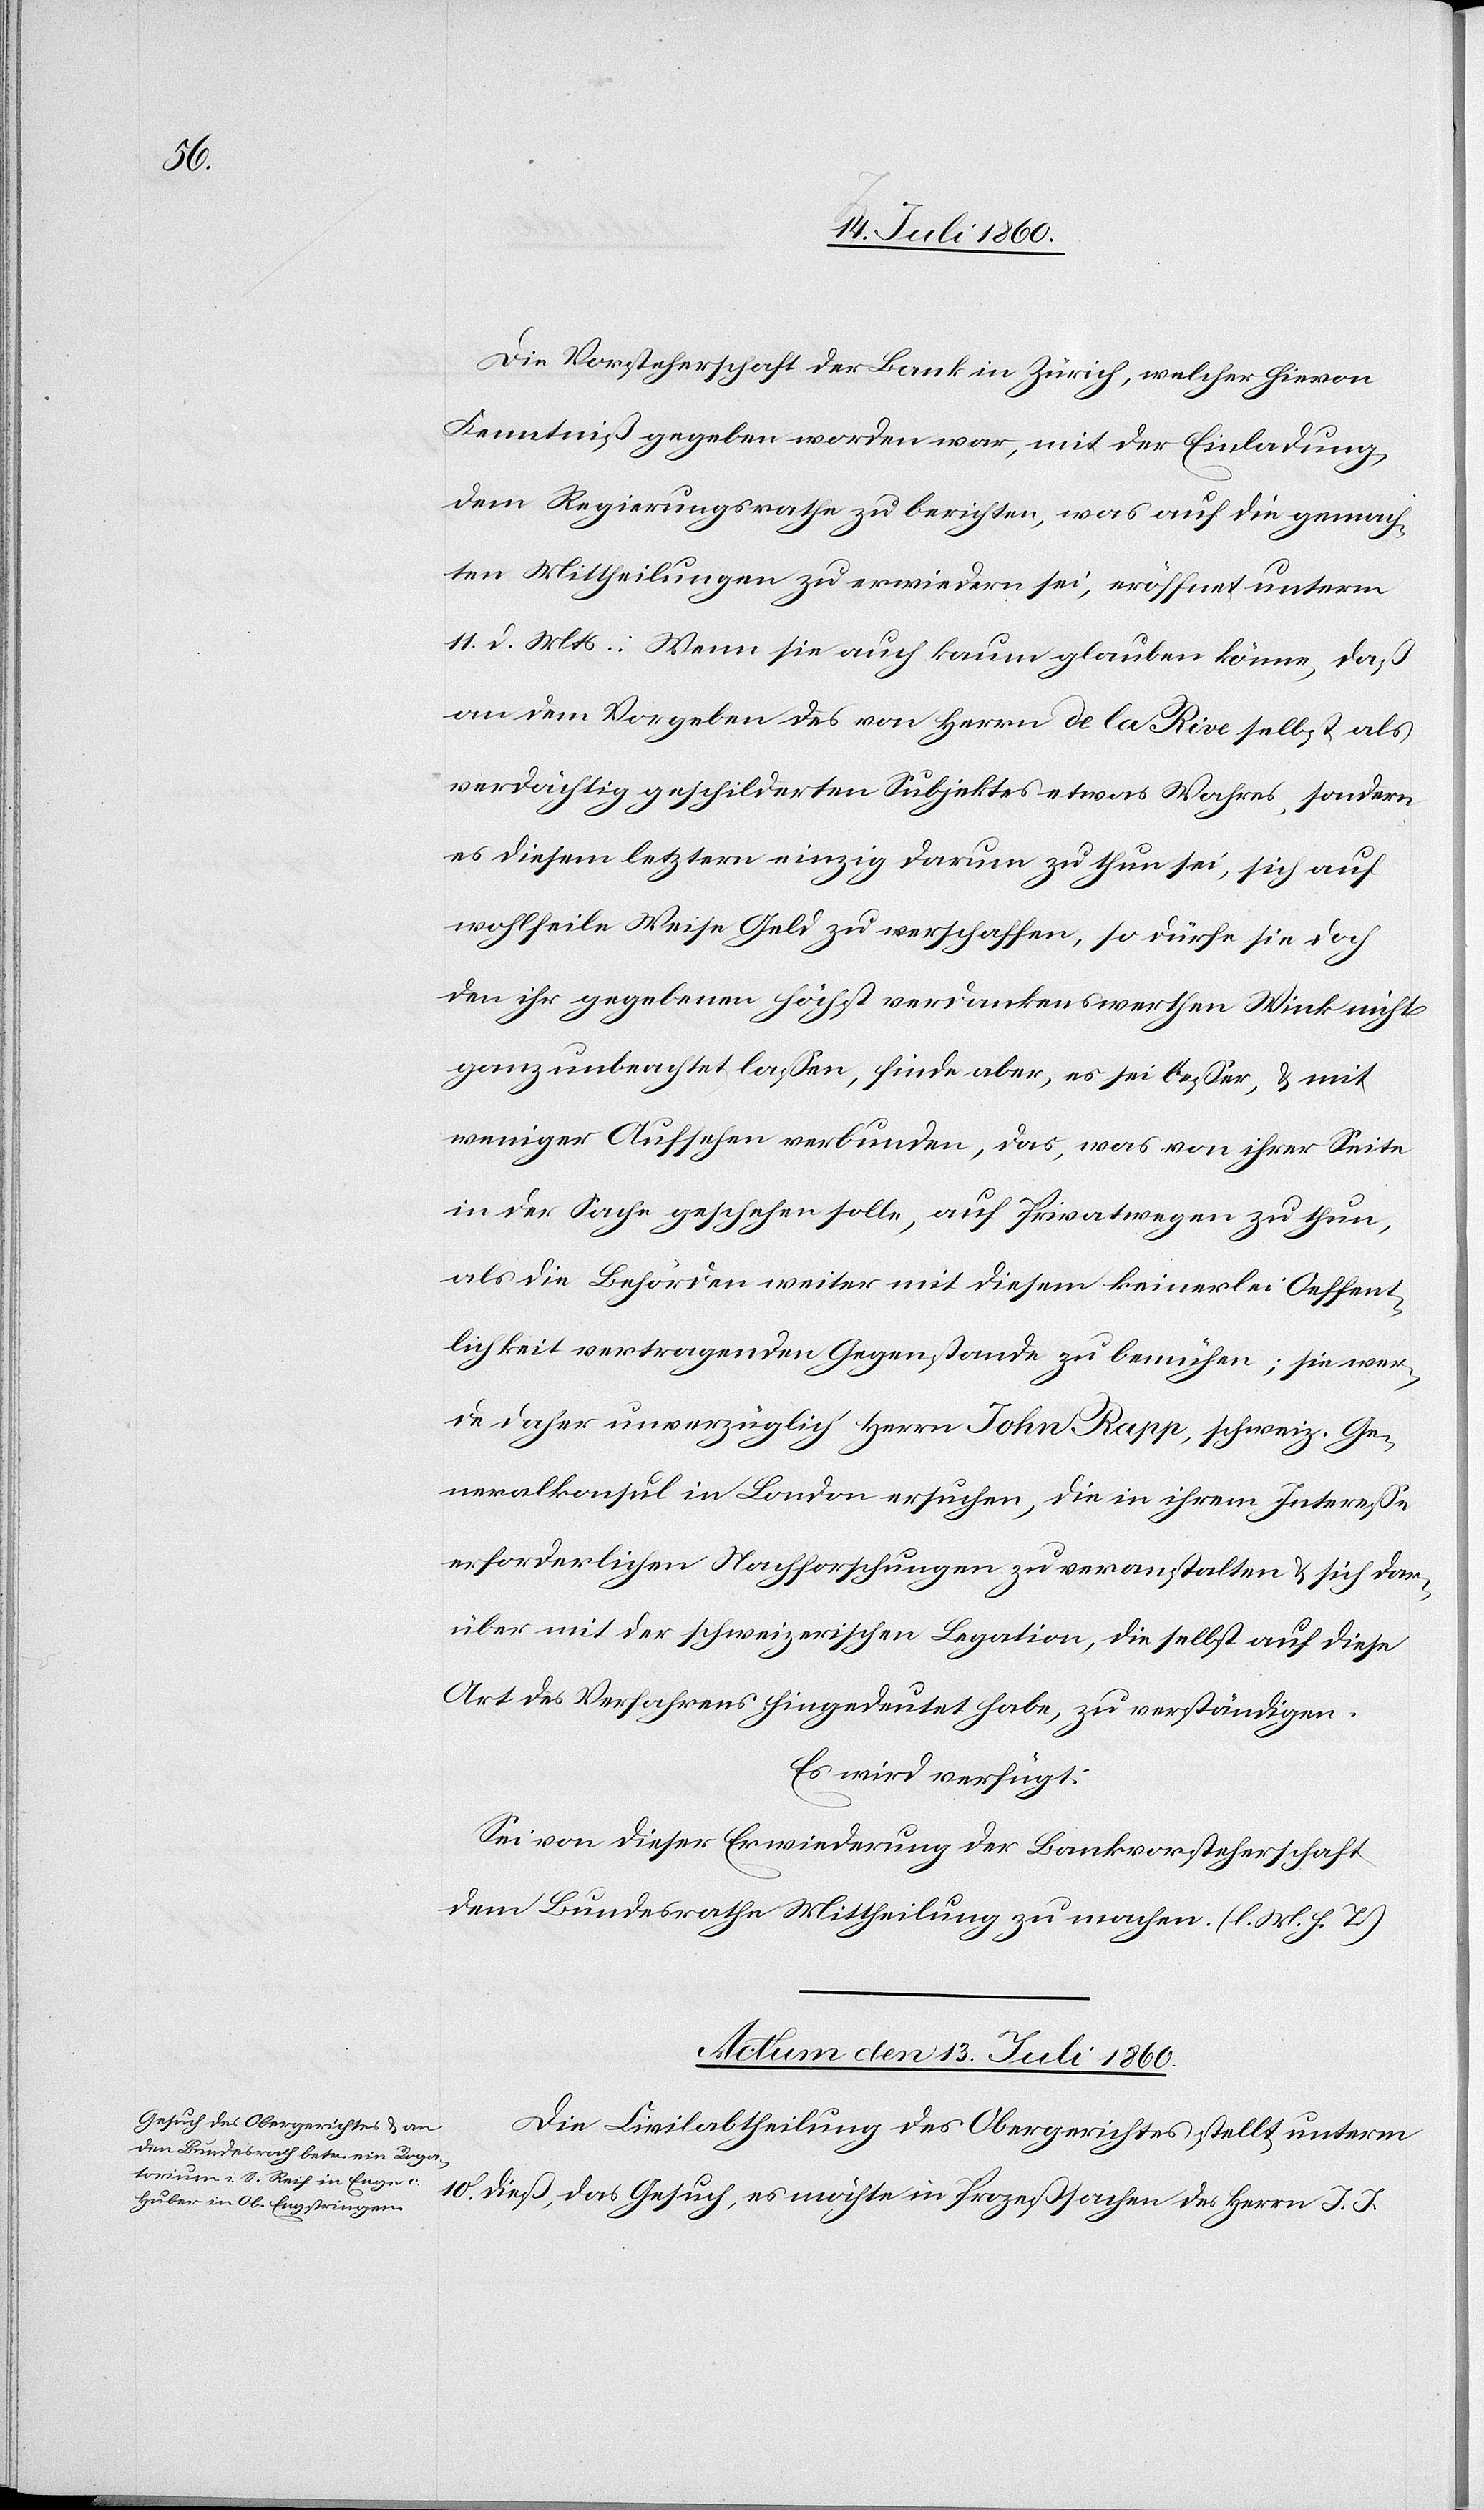
Die Vorsteherschaft der Bank in Zürich, welcher hievon
Kenntniß gegeben worden war, mit der Einladung,
dem Regierungsrathe zu berichten, was auf die gemach¬
ten Mittheilungen zu erwiedern sei, eröffnet unterm
11. d. Mts.: Wenn sie auch kaum glauben könne, daß
an dem Vorgeben des von Herrn de la Rive selbst als
verdächtig geschilderten Subjektes etwas Wahres, sondern
es diesem letztern einzig darum zu thun sei, sich auf
wohlfeile Weise Geld zu verschaffen, so dürfe sie doch
den ihr gegebenen höchst verdankenswerthen Wink nicht
ganz unbeachtet lassen, finde aber, es sei besser, & mit
weniger Aufsehen verbunden, das, was von ihrer Seite
in der Sache geschehen solle, auf Privatwegen zu thun,
als die Behörden weiter mit diesem keinerlei Oeffent¬
lichkeit vertragenden Gegenstande zu bemühen; sie wer¬
de daher unverzüglich Herrn John Rapp, schweiz. Ge¬
neralkonsul in London ersuchen, die in ihrem Interesse
erforderlichen Nachforschungen zu veranstalten & sich dar¬
über mit der schweizerischen Legation, die selbst auf diese
Art des Verfahrens hingedeutet habe, zu verständigen.
Es wird verfügt:
Sei von dieser Erwiederung der Bankvorsteherschaft
dem Bundesrathe Mittheilung zu machen. (l. M. h. T.)
Actum den 13. Juli 1860.
Die Civilabtheilung des Obergerichtes stellt unterm
10. dieß, das Gesuch, es möchte in Prozeßsachen des Herrn J. J.